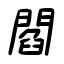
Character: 閻